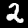
Label: 2